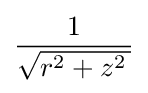
{\frac {1}{\sqrt {r^{2}+z^{2}\,}}}